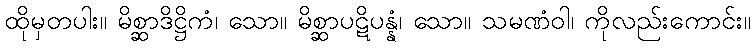
ထိုမှတပါး။ မိစ္ဆာဒိဋ္ဌိကံ၊ သော။ မိစ္ဆာပဋိပန္နံ၊ သော။ သမဏံဝါ၊ ကိုလည်းကောင်း။